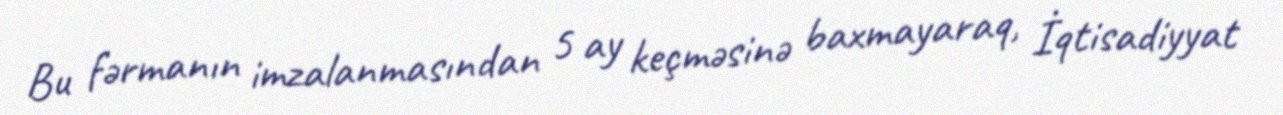
Bu fərmanın imzalanmasından 5 ay keçməsinə baxmayaraq, İqtisadiyyat